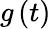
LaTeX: g\left(t\right)